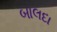
બાલદા